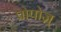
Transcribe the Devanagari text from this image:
प्रोपोज़्